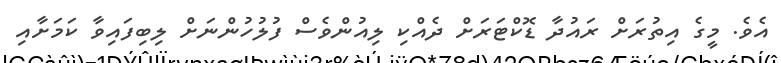
އެވެ. މީގެ އިތުރަށް ރައުދާ ޑޮކްޓަރަށް ދެއްކި ލިއުންވެސް ފުލުހުންނަށް ލިބިފައިވާ ކަމަށާއި